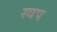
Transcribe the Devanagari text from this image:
स्वप